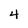
Character: 4